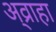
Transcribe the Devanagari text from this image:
अ्व्राहा